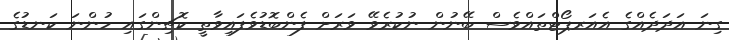
ގިނަ އަދަދެއްގެ އެއަރޕޯޓްތައްވެސް ބޭނުން ނުކުރެވޭ ވަރަށް ފެންބޮޑުވެފައިވާތީ ކޮޗިންގައި ހުންނަ ކަނޑުގެ